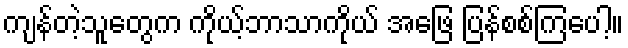
ကျန်တဲ့သူတွေက ကိုယ့်ဘာသာကိုယ် အဖြေ ပြန်စစ်ကြပေါ့။